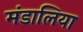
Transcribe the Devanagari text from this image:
मंडालिया